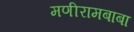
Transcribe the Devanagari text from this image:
मणीरामबाबा